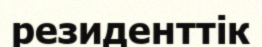
резиденттік